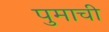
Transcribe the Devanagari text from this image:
पुमाची